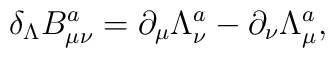
\delta _\Lambda B_{\mu \nu }^a=\partial _\mu \Lambda _\nu ^a-\partial _\nu\Lambda _\mu ^a,